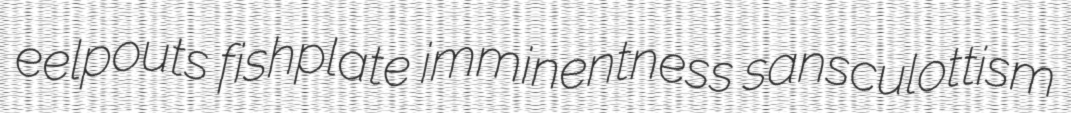
eelpouts fishplate imminentness sansculottism